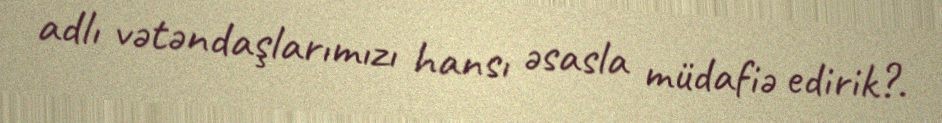
adlı vətəndaşlarımızı hansı əsasla müdafiə edirik?.